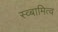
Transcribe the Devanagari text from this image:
स्व्बामित्व